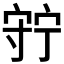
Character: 𡨹